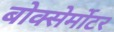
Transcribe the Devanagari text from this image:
बोक्सेर्मोटर